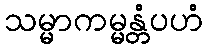
သမ္မာကမ္မန္တံပဟံ